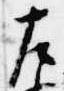
左